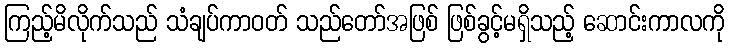
ကြည့်မိလိုက်သည် သံချပ်ကာဝတ် သည်တော်အဖြစ် ဖြစ်ခွင့်မရှိသည့် ဆောင်းကာလကို